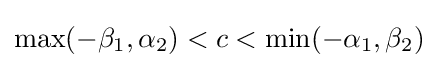
\max(-\beta _{1},\alpha _{2})<c<\min(-\alpha _{1},\beta _{2})